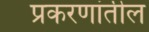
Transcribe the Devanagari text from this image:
प्रकरणांतील